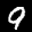
Label: 9